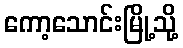
ကော့သောင်းမြို့သို့